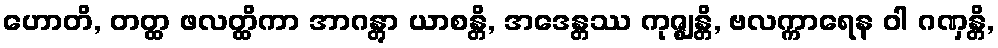
ဟောတိ, တတ္ထ ဖလတ္ထိကာ အာဂန္တွာ ယာစန္တိ, အဒေန္တဿ ကုဇ္ဈန္တိ, ဗလက္ကာရေန ဝါ ဂဏှန္တိ,